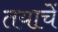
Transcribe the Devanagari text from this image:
तयाचें